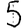
Digit: 5